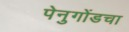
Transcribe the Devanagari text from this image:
पेनुगोंडचा